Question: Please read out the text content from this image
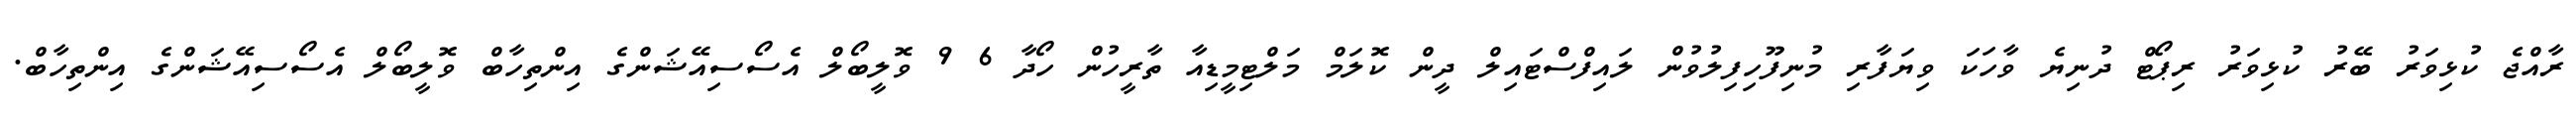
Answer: ރާއްޖެ ކުޅިވަރު ބޭރު ކުޅިވަރު ރިޕޯޓް ދުނިޔެ ވާހަކަ ވިޔަފާރި މުނިފޫހިފިލުވުން ލައިފްސްޓައިލް ދީން ކޮލަމް މަލްޓިމީޑިއާ ތާރީހުން ހޯދާ 6 9 ވޮލީބޯލް އެސޯސިއޭޝަންގެ އިންތިހާބް ވޮލީބޯލް އެސޯސިއޭޝަންގެ އިންތިހާބް.